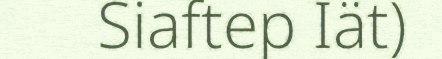
Siaftep Iät)